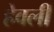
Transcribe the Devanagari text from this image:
हेवली